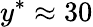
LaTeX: y^{*}\approx 30